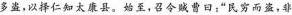
多盗，以择仁知太康县。始至，召令贼曹日：”民穷而盗，非